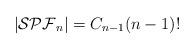
LaTeX: \begin{align*}|\mathcal{SPF}_n| = C_{n-1}(n-1)!\end{align*}